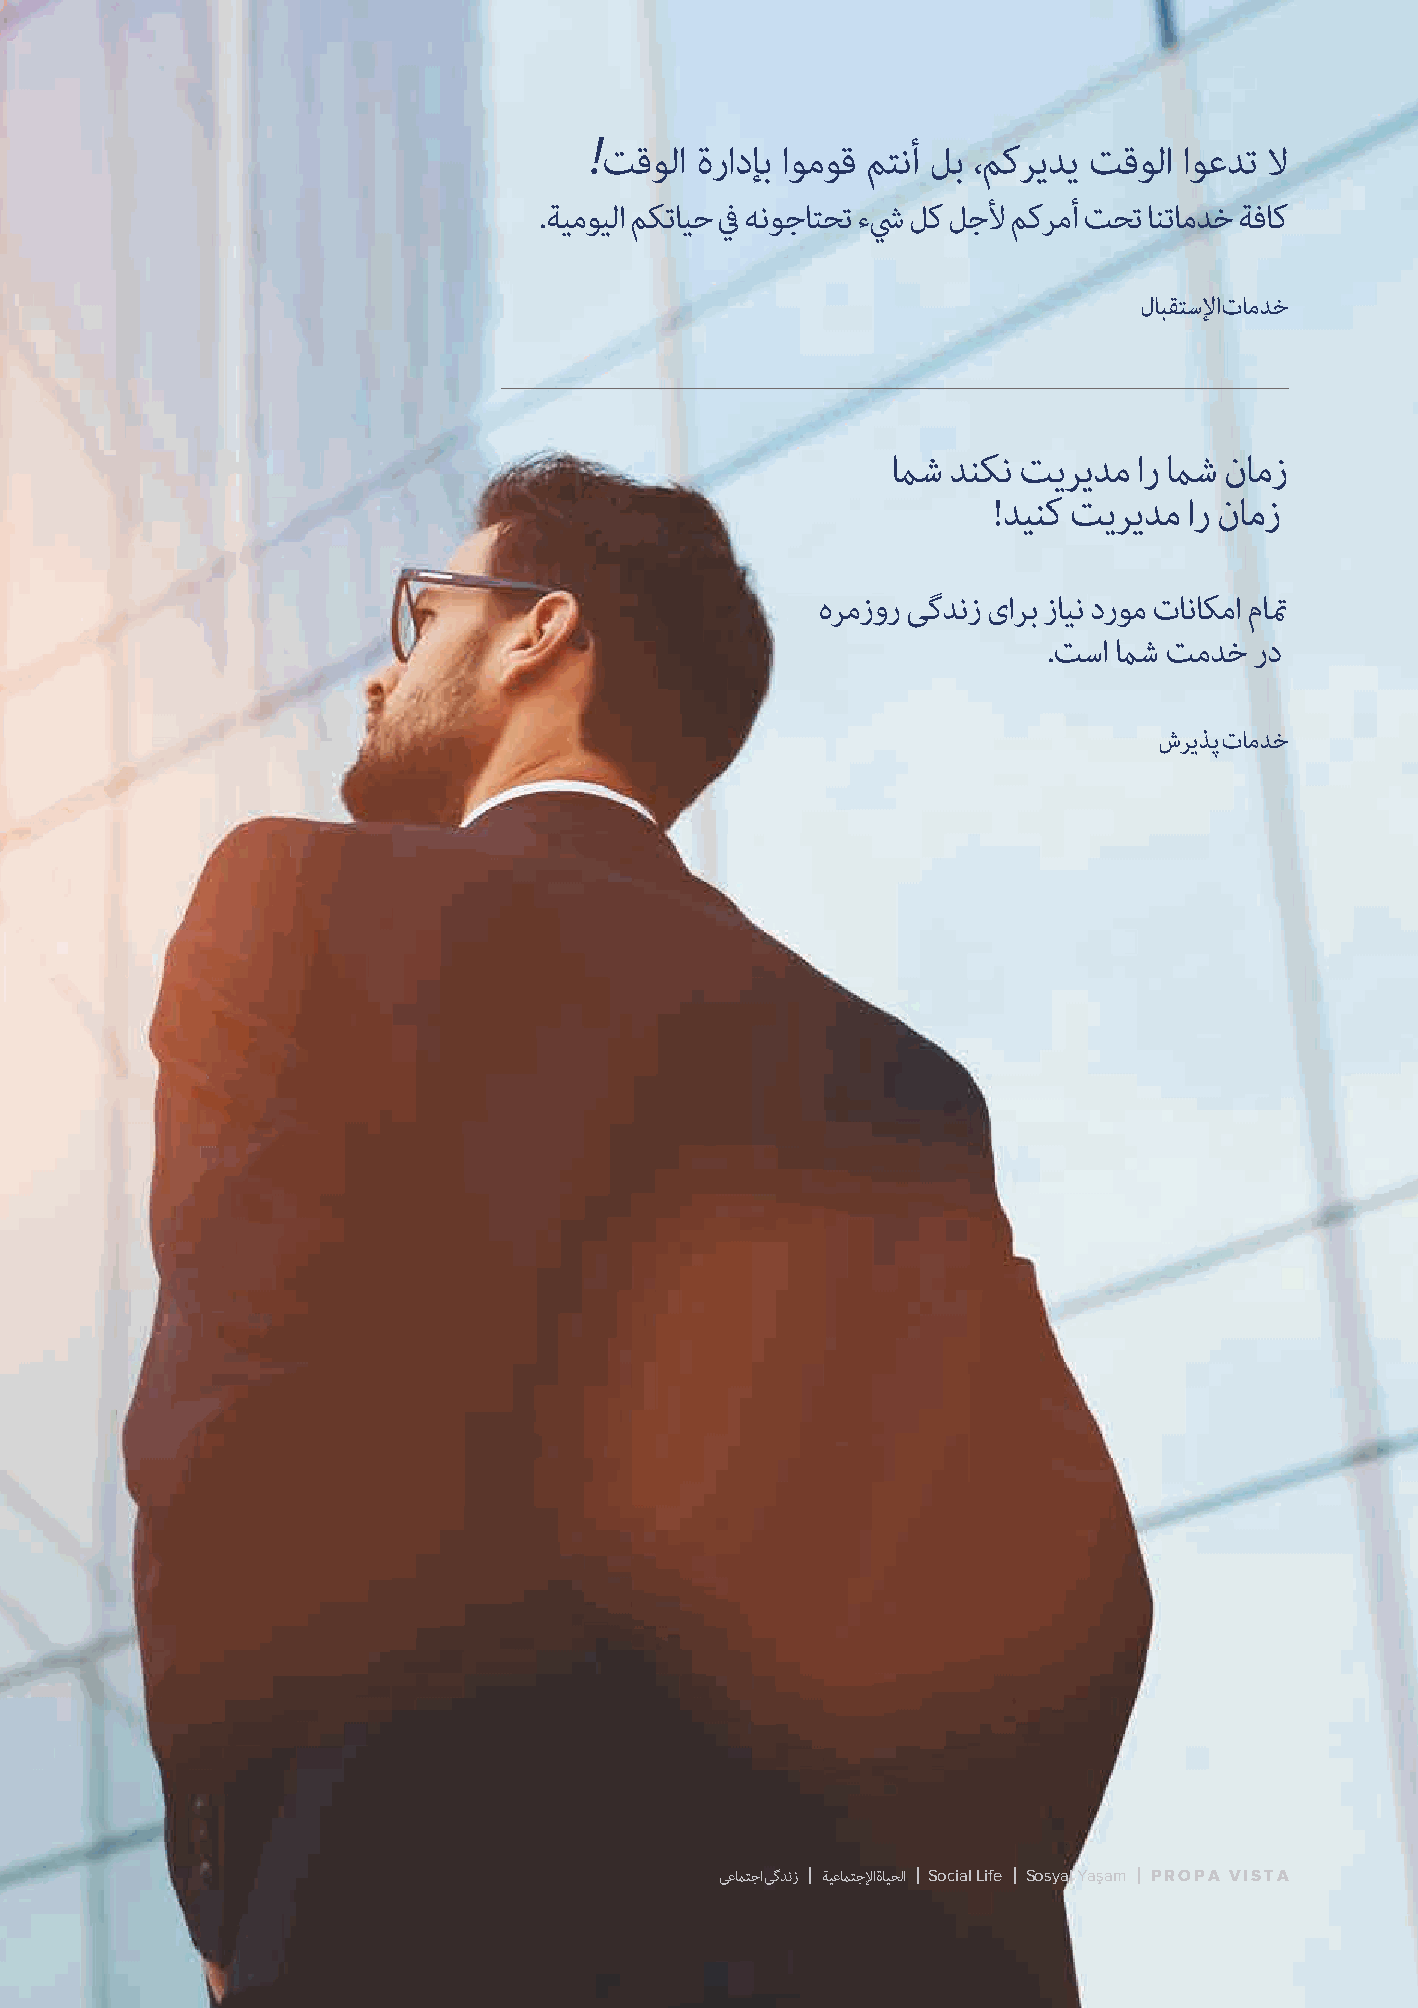
!
 ﺖﻗﻮﻟا ةرادﺈﺑ اﻮﻣﻮﻗ ﻢﺘﻧأ ﻞﺑ ،ﻢﻛﺮﻳﺪﻳ ﺖﻗﻮﻟا اﻮﻋﺪﺗ ﻻ
 .ﺔﻴﻣﻮﻴﻟا ﻢﻜﺗﺎﻴﺣ ﰲ ﻪﻧﻮﺟﺎﺘﺤﺗ ءﳾ ﻞﻛ ﻞﺟﻷ ﻢﻛﺮﻣأ ﺖﺤﺗ ﺎﻨﺗﺎﻣﺪﺧ ﺔﻓﺎﻛ
 لﺎﺒﻘﺘﺳﻹ اتﺎﻣﺪﺧ
 ماﺷ ﺪﻨﮑﻧ ﺖﯾﺮﯾﺪﻣ ار ماﺷ نﺎﻣز
 !ﺪﯿﻨﮐ ﺖﯾﺮﯾﺪﻣ ار نﺎﻣز
 هﺮﻣزور ﯽﮔﺪﻧز یاﺮﺑ زﺎﯿﻧ درﻮﻣ تﺎﻧﺎﮑﻣا مﺎتم
 .ﺖﺳا ماﺷ ﺖﻣﺪﺧ رد
 شﺮﯾﺬﭘ تﺎﻣﺪﺧ
 ﯽﻋماﺘﺟا ﯽﮔﺪﻧز ﺔﻴﻋماﺘﺟﻹ اةﺎﻴﺤﻟا Social Life Sosyal Yaşam PROPA VISTA